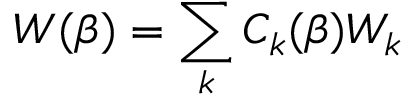
W ( \beta ) = \sum _ { k } C _ { k } ( \beta ) W _ { k }